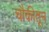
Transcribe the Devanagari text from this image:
चौकीतून